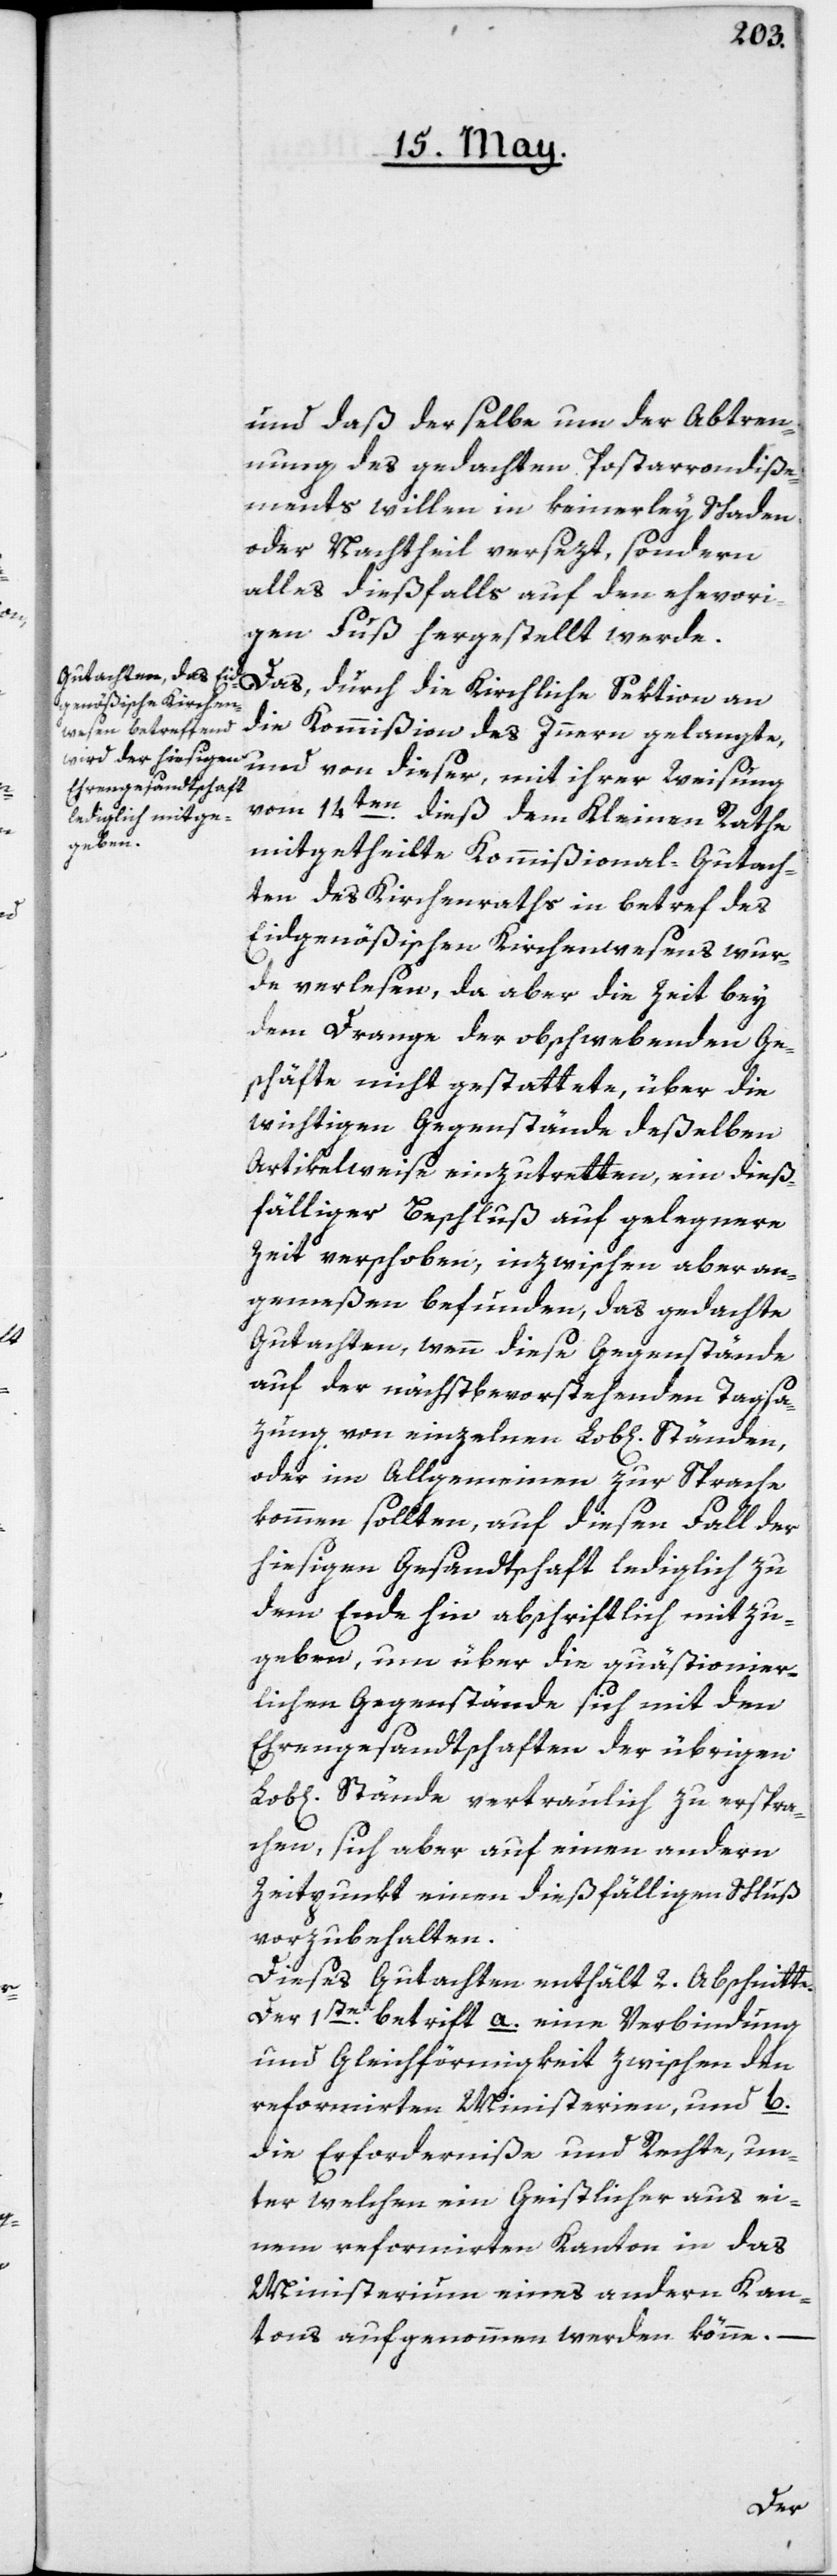
und daß derselbe um der Abtren¬
nung des gedachten Postarrondiße¬
ments willen in keinerley Schaden
oder Nachtheil versezt, sondern
alles dießfalls auf den ehevori¬
gen Fuß hergestellt werde.
Das, durch die Kirchliche Sektion an
die Kommißion des Innern gelangte,
und von dieser, mit ihrer Weisung
vom 14ten dieß dem Kleinen Rathe
mitgetheilte Kommißional-Gutach¬
ten des Kirchenraths in betref des
Eidgenößischen Kirchenwesens wur¬
de verlesen, da aber die Zeit bey
dem Drange der obschwebenden Ge¬
schäfte nicht gestattete, über die
wichtigen Gegenstände deßelben
Artikelweise einzutretten, ein dieß¬
fälliger Beschluß auf gelegnere
Zeit verschoben, inzwischen aber an¬
gemeßen befunden, das gedachte
Gutachten, wenn diese Gegenstände
auf der nächstbevorstehenden Tagsa¬
zung von einzelnen Lob[lichen] Ständen,
oder im Allgemeinen zur Sprache
kommen sollten, auf diesen Fall der
hiesigen Gesandtschaft lediglich zu
dem Ende hin abschriftlich mit zu
geben, um über die quästionier¬
lichen Gegenstände sich mit den
Ehrengesandtschaften der übrigen
Lob[lichen] Stände vertraulich zu erspra¬
chen, sich aber auf einen andern
Zeitpunkt einen dießfälligen Schluß
vorzubehalten.
Dieses Gutachten enthält 2. Abschnitte.
Der 1ste betrifft a. eine Verbindung
und Gleichförmigkeit zwischen den
reformirten Ministerien, und b.
die Erforderniße und Rechte, un¬
ter welchen ein Geistlicher aus ei¬
nem reformirten Kanton in das
Ministerium eines andern Can¬
tons aufgenommen werden könne.